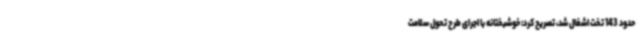
حدود 143 تخت اشغال شد، تصریح کرد: خوشبختانه با اجرای طرح تحول سلامت